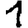
Digit: 1